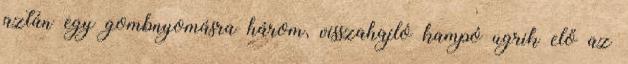
aztán egy gombnyomásra három, visszahajló kampó ugrik elő az